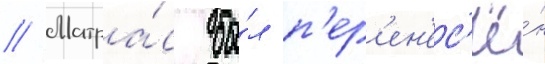
// Матра́с бы́л п'ер'ен'ес'ё́н